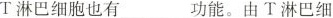
T淋巴细胞也有___功能。由T淋巴细